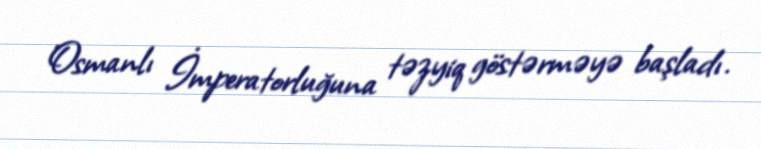
Osmanlı İmperatorluğuna təzyiq göstərməyə başladı.